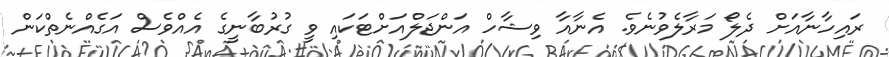
ރައިހާނާއަށް ދެލޯ މަރާލެވުނެވެ. އެނާއާ ވިޝާހް އަންޖަލްއަށްޓަކައި ވީ ގުރުބާނީގެ އެއްވެސް އަގެއްނެތްކަން